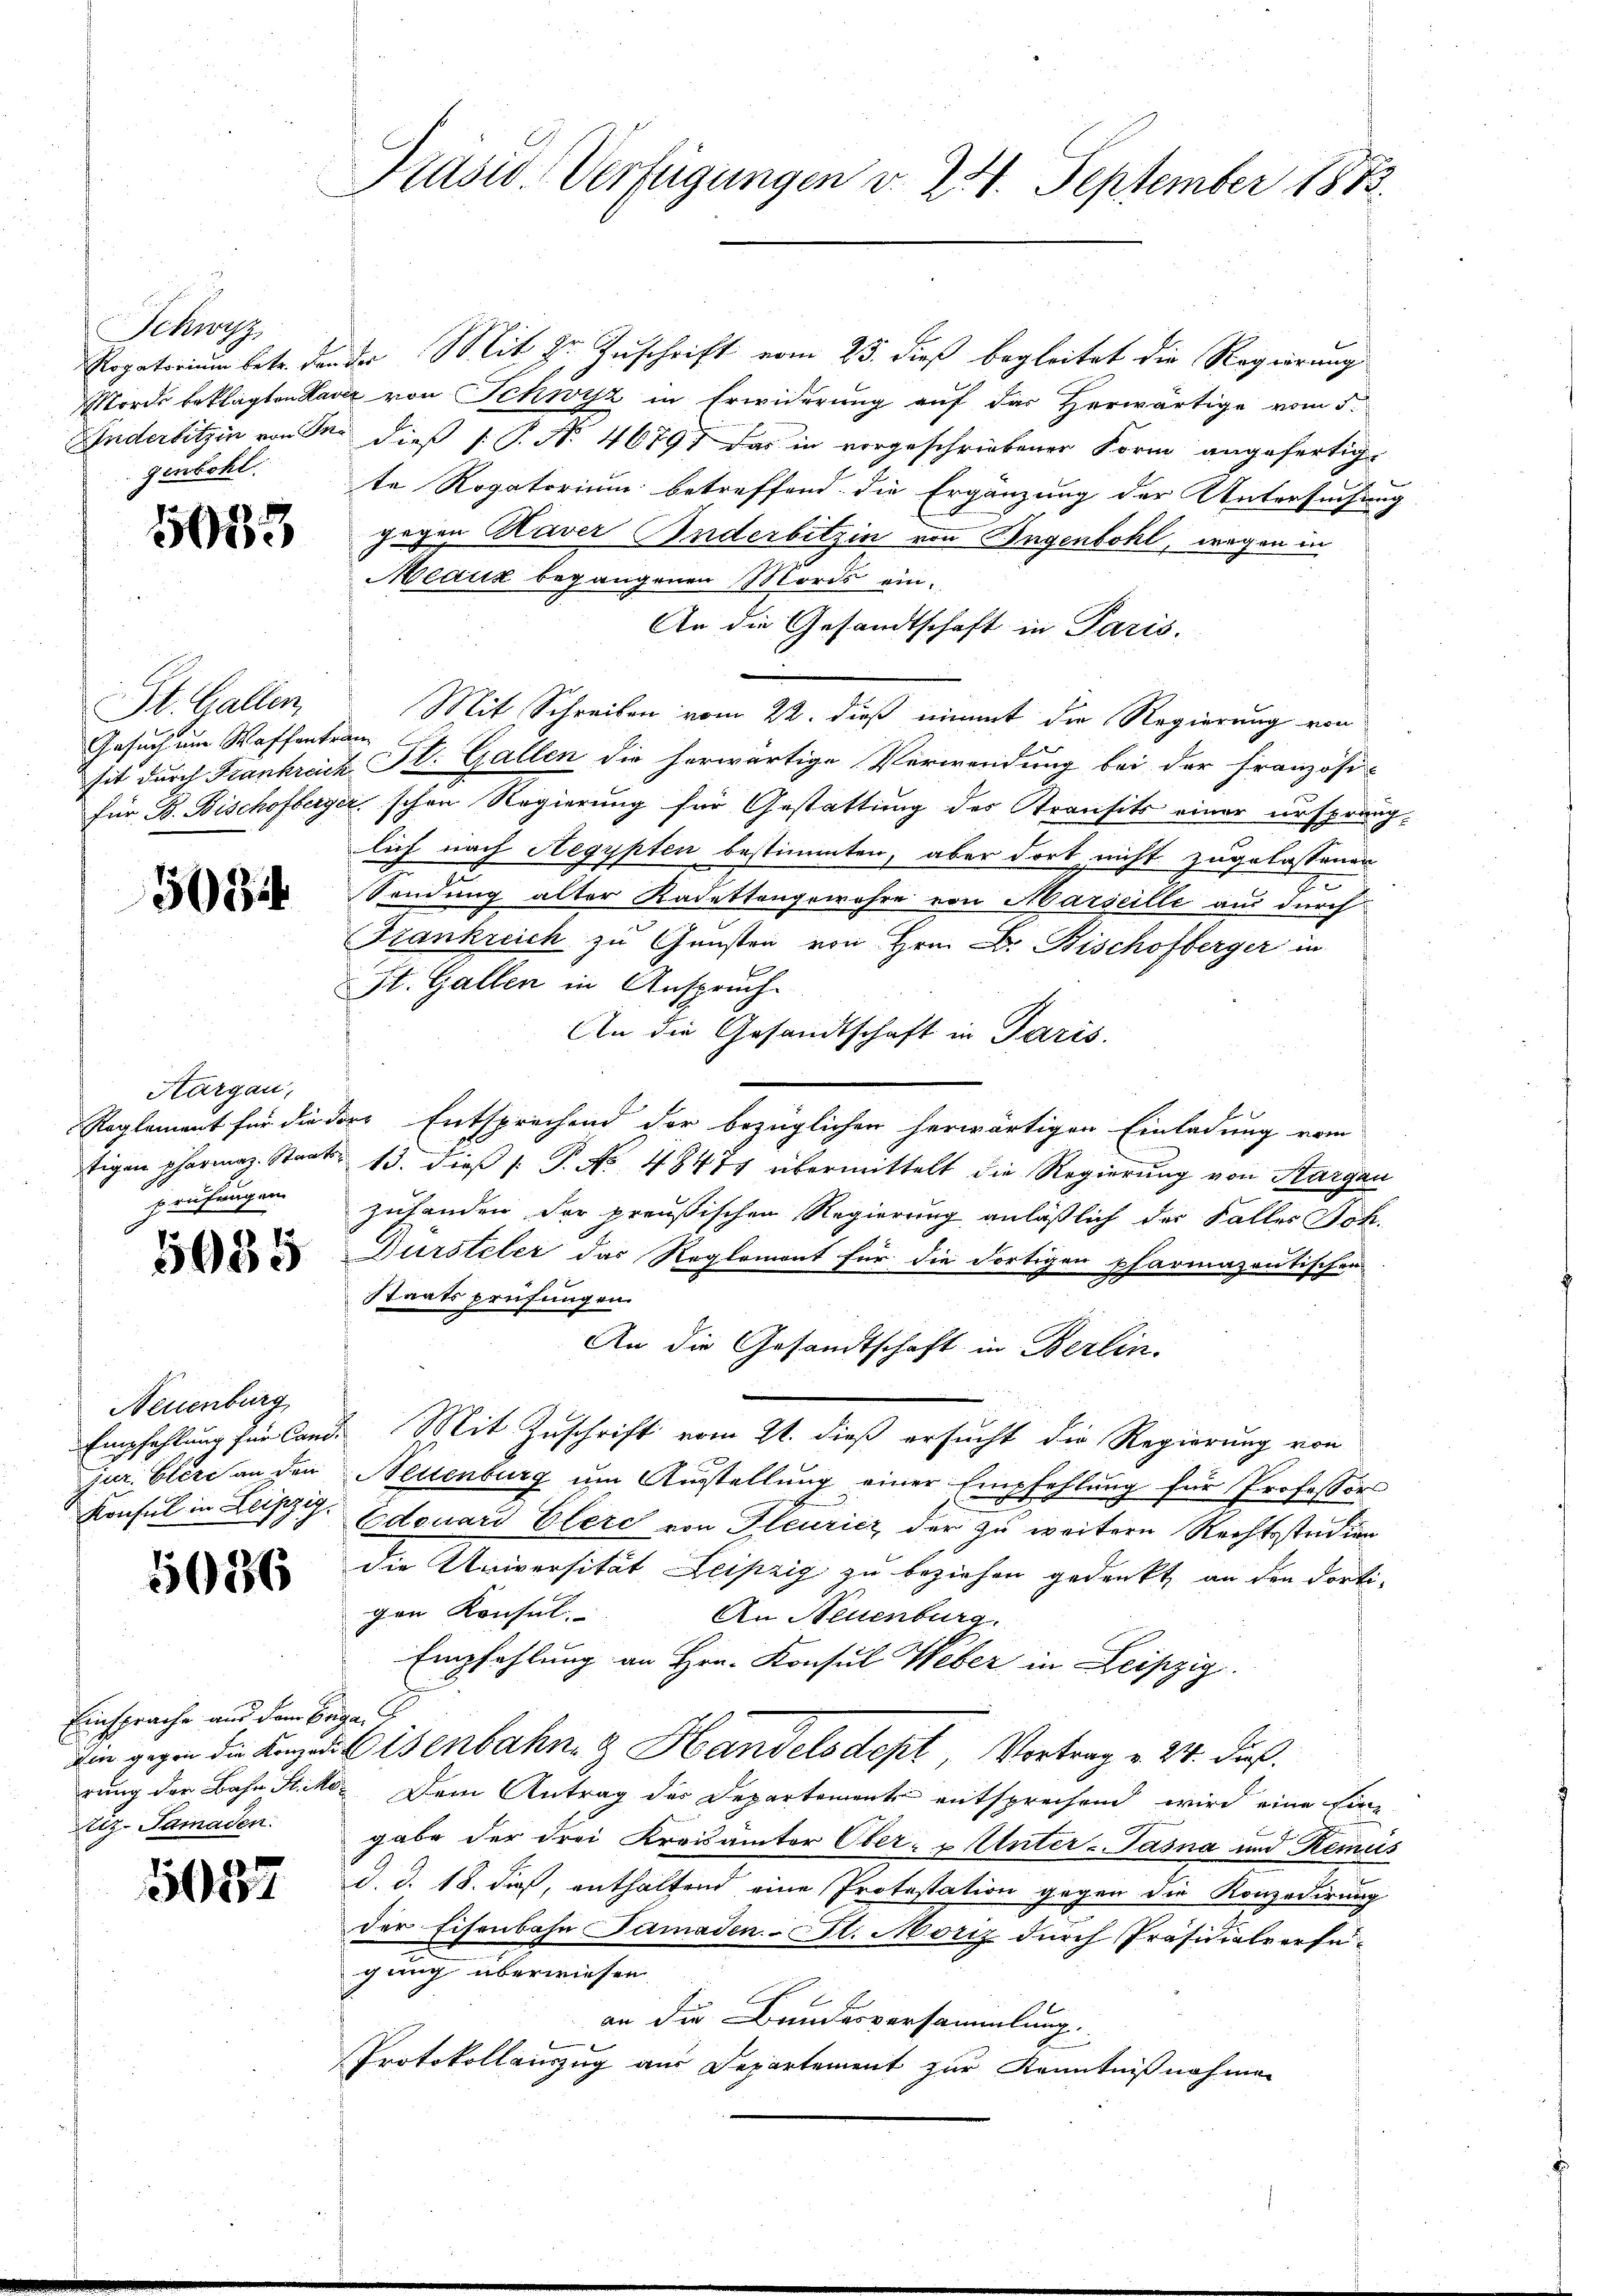
Schwyz

5033

St. Gallen,
Gesuch um Waffentran

5034

Aargau,
prüfungen.

5085

Neuenburg,

1086

Einsprache und dem Begaiz. Samaden.

5037

Rogatorium betr. den der Mit Hr. Zuschrift vom 25. dieß begleitet die Regierung
Morde beklagten Haver von Schwyz in Erwiderung auf der Herwärtige vom 5.
Anderbitzin von Sei dieß (: P. Nr. 46797 das in vorgeschriebener Form angefertig-
genbohl. Er Rogatorium betreffend die Ergänzung der Untersuchung
gegen Kaver Anderbitzin von Bagenbohl, wegen in
Meauk begangenen Moris ein¬
An die Gesandtschaft in Paris.
Mit Schreiben vom 22. dieß nimmt die Regierung von
sit durch Frankreich St. Gallen die herwärtige Verwendung bei der französi-
für B. Bischofberger schon Regierung für Gestattung des Stransits einer urspranglich nach Aegypten bestimmten, aber dort nicht zugelassenen
2.
Sendung alter Kadettengewahre von Marseille aus durch
Frankreich zu Gunsten von Hrn. Dr. Bischofberger in
St. Gallen in Anspruch.
An die Gesandtschaft in Paris.
Reglement für die dere Entsprechend der bezüglichen herwärtigen Einladung vom
tigen pharmaz. Staat 13. dieβ (: P. No 48474 übermittelt die Regierung von Sargau
zuhanden der preußischen Regierung anläßlich der Falles Joh.
Dürsteler das Reglement für die dortigen pharmazantischen
Staatsprüfungen.
An die Gesandtschaft in Berlin.
Empfehlung für Cand. Mit Zuschrift vom 21. dieß ersucht die Regierung von
jur. Clere an den Neuenburg um Ausstellung einer Empfehlung für Professors
Konsul in Leipzig. Edouard Clere von Gleuricz der zu weitern Rechtsstudien
die Universität Leipzig zu beziehen gedankt, an den dorti-
gen Konsul
An Neuenburg.
Empfehlung an Hrn. Konsul Weber in Leipzig.
Die gegen die Kanze Eisenbahn & Handelsdept, Vortrag v. 24. dieß
rung der Bahn St. Mo. Dem Antrag des Departement entsprechend wird eine sie
f
gabe der drei Kreisämter Ober- u Unter-Fasna und Remeis
d. d. 18. dieß, enthaltend eine Protestation gegen die Konzedirung
der Eisenbahn Samaden-St. Moriz durch Präsidialverfügung überwiesen.
an die Bundesversammlung.
Protokollauszug aus Departement zur Kenntnißnahmen

Präsid. Verfügungen v. 24. September 1873.